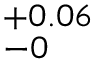
^ { + 0 . 0 6 } _ { - 0 }